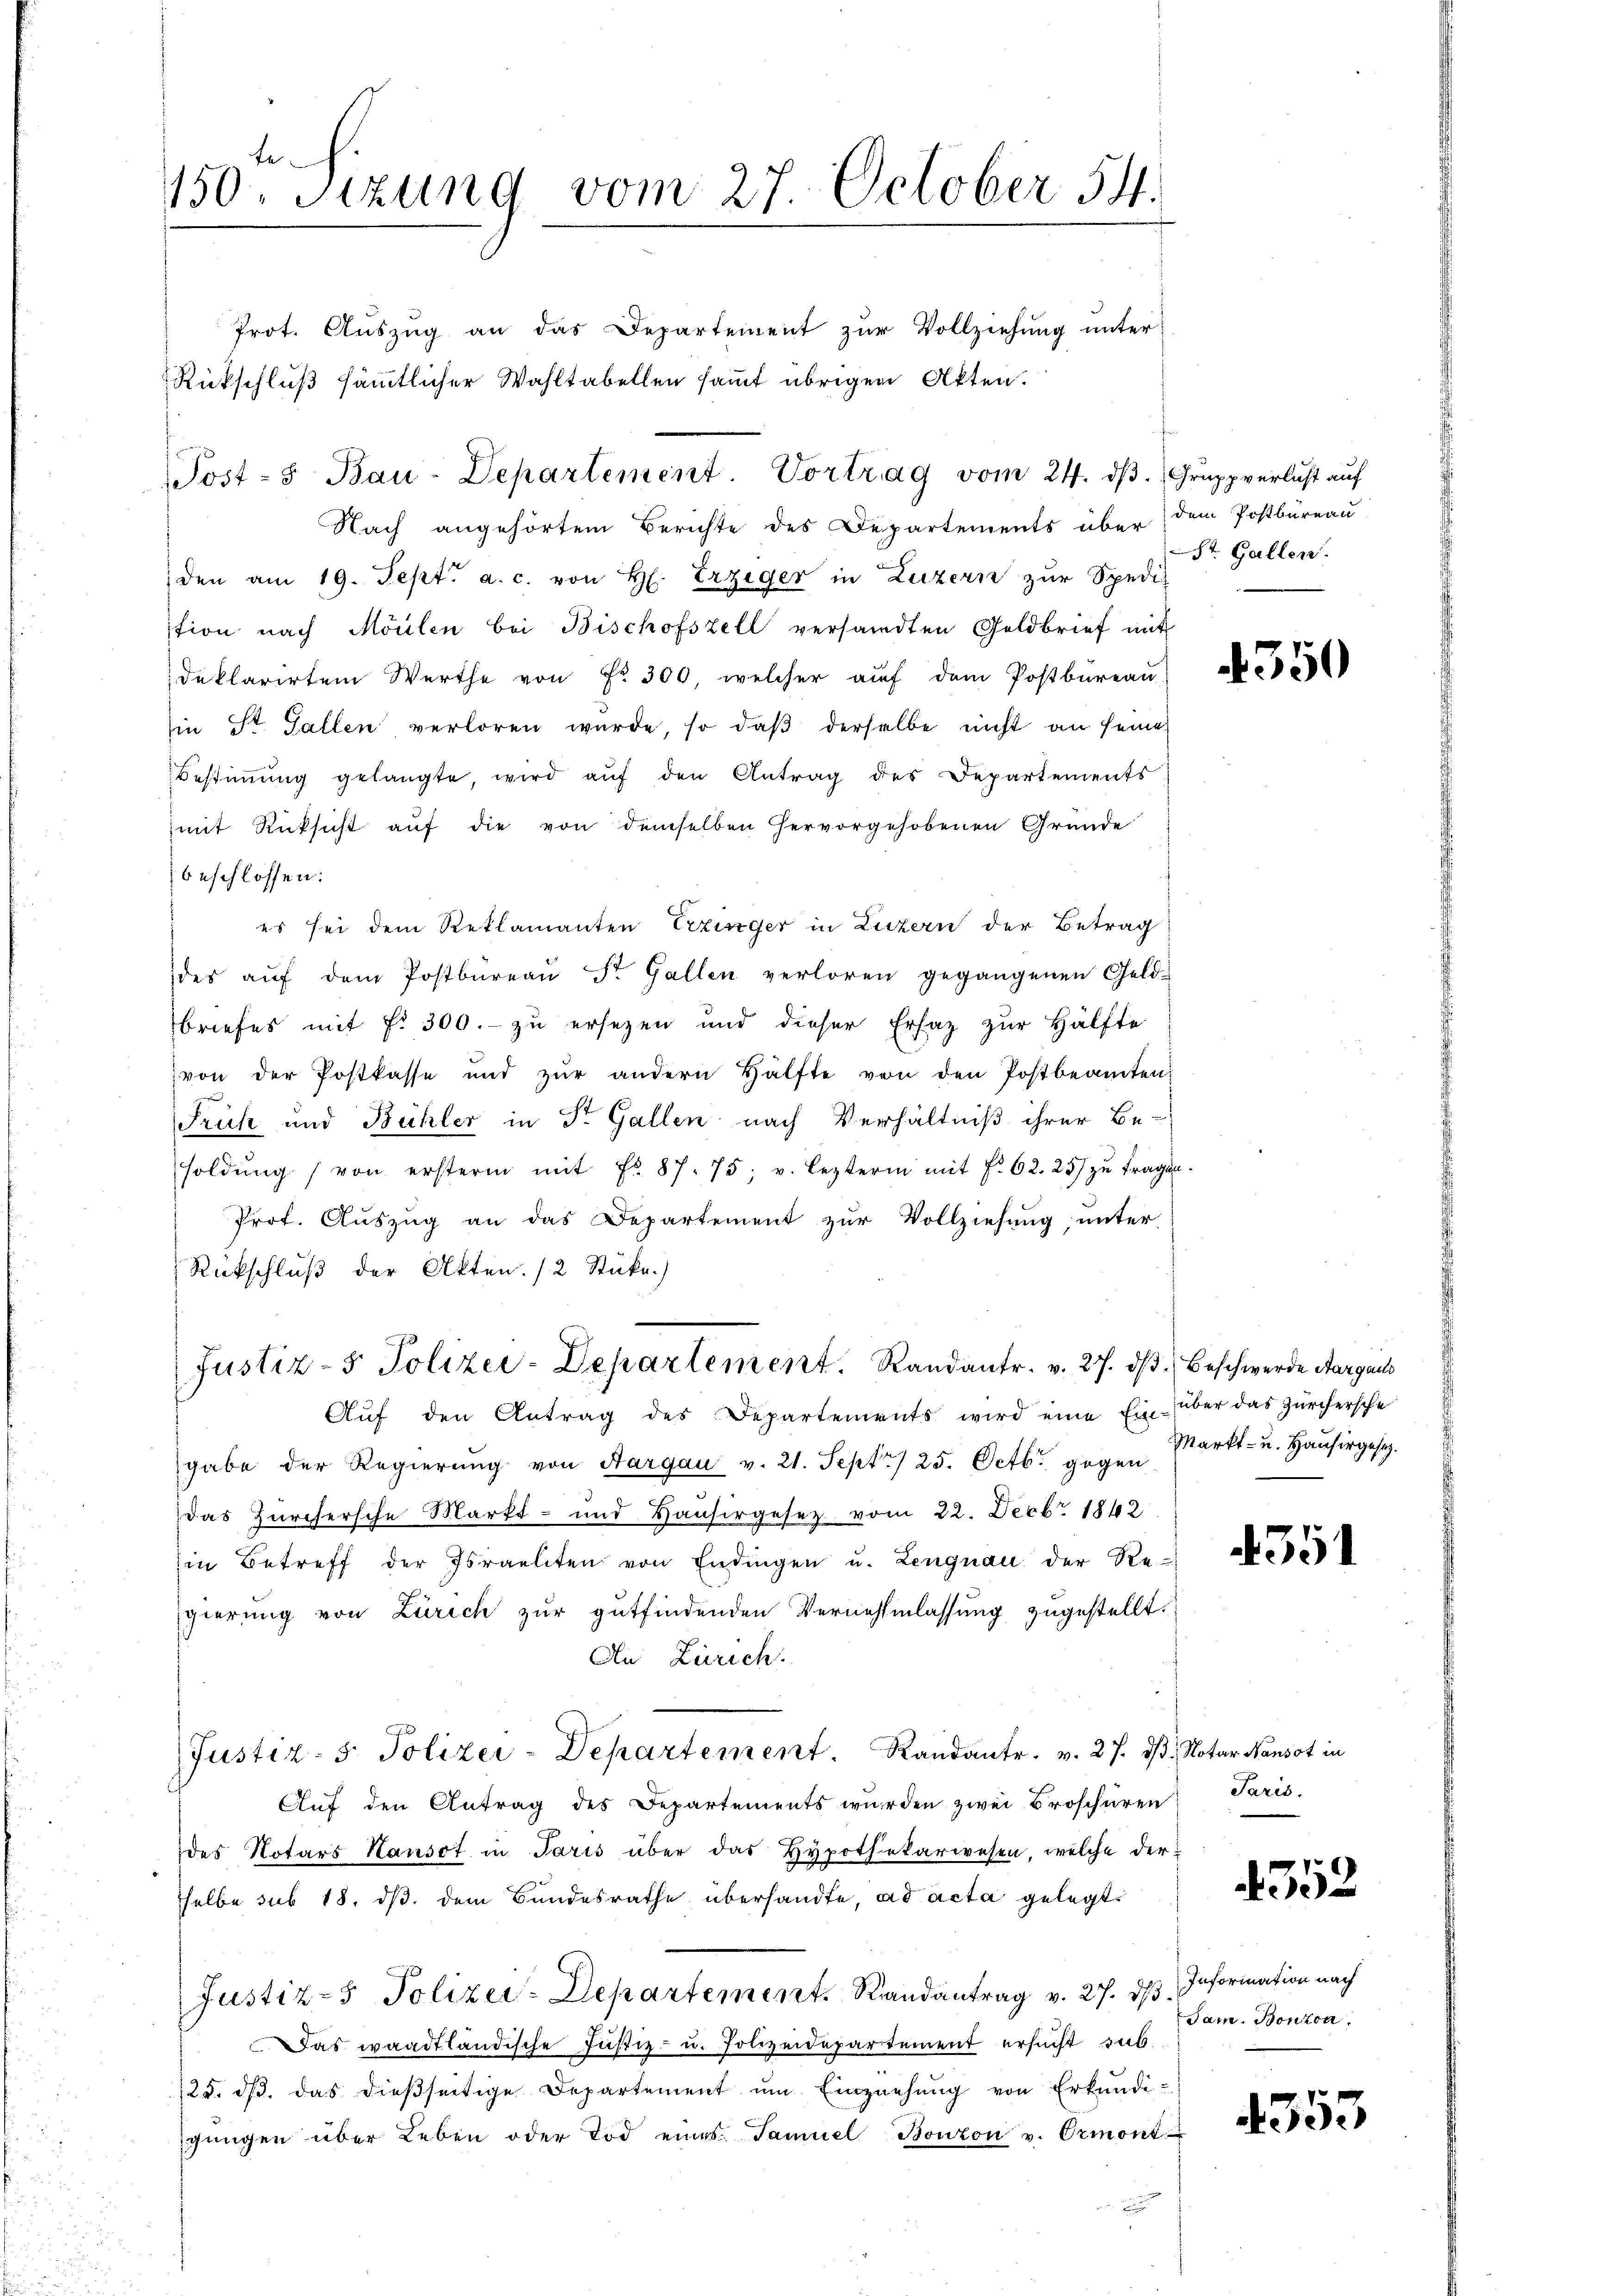
Nach angehörtem Berichte des Departements über dem Postbüreau
den am 19. Sept. a. c. von H. Erziger in Luzern zur Spedit
ition nach Möllen bei Bischofszell versandten Goldbrief mit
deklarirten Werthe von Fr. 300, welcher aŭf dem Postbüreaŭ
in St. Gallen verloren wurde, so daβ derselbe nicht an seine
Bestimmung gelangte, wird aŭf den Antrag des Departements
mit Rücksicht aŭf die von demselben hervorgehobenen Gründe
beschlossen:
es sei dem Reklamanten Erzinger in Luzern der Betrag
des aŭf dem Postbüreaŭ St. Gallen verloren gegangenen Geld-
Briefes mit f. 300.- zu ersezen und dieser Ersaz zur Hälfte
von der Postkasse und zŭr andern Hälfte von den Postbeamten
Früh und Bühler in St. Gallen nach Verhältniß ihrer Be-
soldŭng von erstern mit Fr. 87. 75 u. lezterm mit f. 62. 25 zŭ tragen.
Prof. Auszug an das Departement zur Vollziehung, unter
Rückschluß der Akten. /2 Stüka.)
Justiz- & Polizei-Departement. Randantr. v. 27. dβ. Beschwerde Aargaus
Aŭf den Antrag des Departements wird eine Ein- über das Zürchersche
gabe der Regierŭng von Aargau v. 21. Sept./25. Octb. gegen
das Zürchersche Markt- und Hausirgesez vom 22. Decbr. 1862
Ein Betreff der Israeliten von Endingen u. Lengnau der Re-
gierung von Zürich zur gutfindenden Vernehmlassung zugestellt.
An Zürich.
Justiz- 5. Polizei-Departement. Randantr. v. 27. dβ. Notar Nansot in
Aŭf den Antrag des Departements wŭrden zwei Broschüren Paris.
des Notars Hausot in Paris über das Hypothekarwesen, welche dersselbe sub 18. ds. dem Bundesrathe übersandte, ad acta gelegt,
Justiz- Polizei-Departement. Randantrag v. 27. ds. Information nach
Das waadtländische Justiz- u. Polizeidepartement ersucht sub
125. dβ. das dießseitige Departement ŭm Einziehŭng von Erkundi-
gŭngen über Leben oder Tod eines Samuel Bonzon v. Ormont

150. Sizung vom 27. October 54.
Prot. Auszug an das Departement zur Vollziehung unter
Rückschluß sämmtlicher Wahltabellen sammt übrigen Akten.

Post- u Bau-Departement. Vortrag vom 24. dβ. Grupp verlust auf

St. Gallen.

350

Markt- u. Hausirgesetz

551

552

Sam. Bonzon

4353